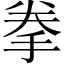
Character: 拳